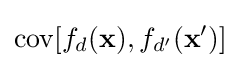
\operatorname {cov} [f_{d}({\textbf {x}}),f_{d'}({\textbf {x}}')]